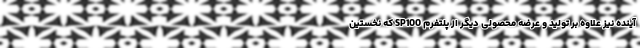
آینده نیز علاوه بر تولید و عرضه محصولی دیگر از پلتفرم SP100 که نخستین